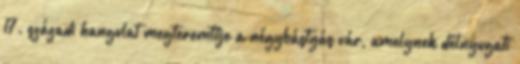
17. századi hangulat megteremtője a négybástyás vár, amelynek délnyugati